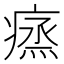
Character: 𤸲